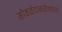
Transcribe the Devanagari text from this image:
मोकळेढाकळेपणाने